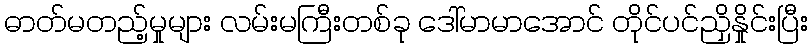
ဓာတ်မတည့်မှုများ လမ်းမကြီးတစ်ခု ဒေါ်မာမာအောင် တိုင်ပင်ညှိနှိုင်းပြီး